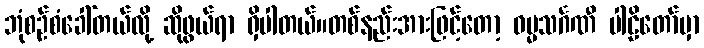
ဘုံစဉ်စံခေါ်တယ်လို့ ဆိုဖွယ်ရာ ရှိပါတယ်။တစ်နည်းအားဖြင့်တော့ ဓမ္မသင်္ဂဏီ ပါဠိတော်မှာ